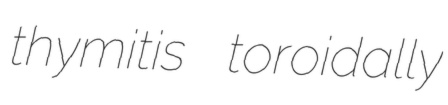
thymitis toroidally